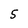
Character: 5